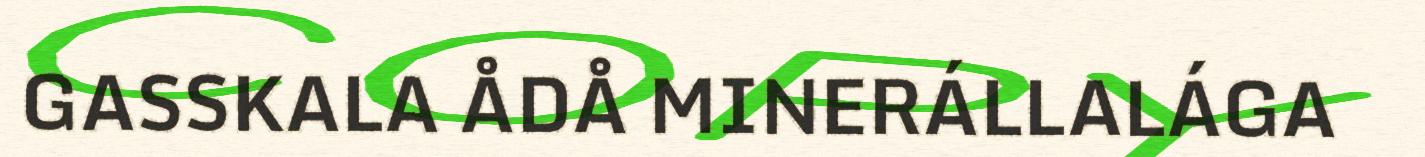
GASSKALA ÅDÅ MINERÁLLALÁGA